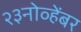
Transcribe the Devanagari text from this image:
२३नोव्हेंबर